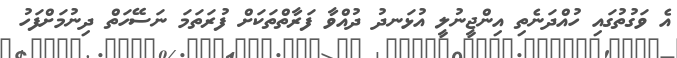
އެ ވަގުތުގައި ހުއްދަނެތި އިންޖީނުލީ އުޅަނދު ދުއްވާ ފަރާތްތަކަށް ފުރަތަމަ ނަސޭހަތް ދިނުމަށްފަހު